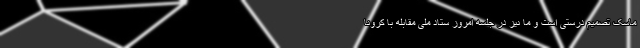
ماسک تصمیم درستی است و ما نیز در جلسه امروز ستاد ملی مقابله با کرونا